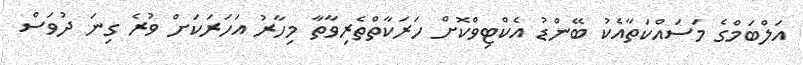
އަލްބަމްގެ މަސައްކަތާއެކު ބޭންޑު އެކްޓިވްކޮށް ހަރަކާތްތެރިވާތާ މިހާރު އަހަރަކަށް ވުރެ ގިނަ ދުވަސް